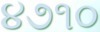
૪૭૧૦